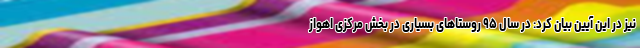
نیز در این آیین بیان کرد: در سال ۹۵ روستاهای بسیاری در بخش مرکزی اهواز